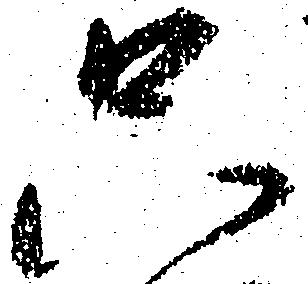
只